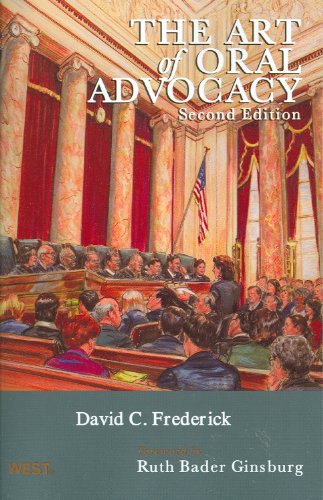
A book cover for The Art of Oral Advocacy (American Casebook Series); David Frederick; Law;